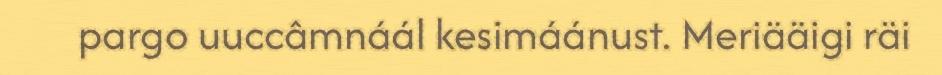
pargo uuccâmnáál kesimáánust. Meriääigi räi